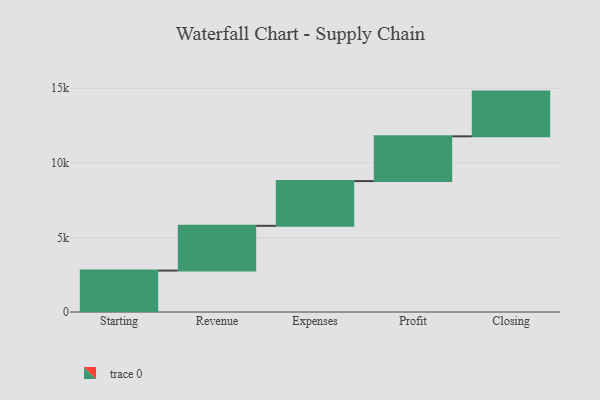
{"axis": {"x": "Step", "y": "Value"}, "legend": [""], "data": [{"x": "Starting", "y": 2778.0, "type": ""}, {"x": "Revenue", "y": 3000, "type": ""}, {"x": "Expenses", "y": 3000, "type": ""}, {"x": "Profit", "y": 3000, "type": ""}, {"x": "Closing", "y": 3000, "type": ""}]}